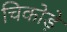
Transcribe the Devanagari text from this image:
चिकोड़े